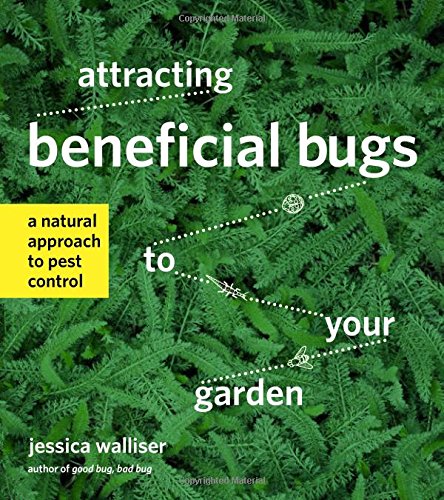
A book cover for Attracting Beneficial Bugs to Your Garden: A Natural Approach to Pest Control; Jessica Walliser; Crafts, Hobbies & Home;